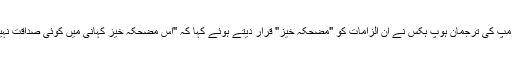
ٹرمپ کی ترجمان ہوپ ہکس نے ان الزامات کو "مضحکہ خیز" قرار دیتے ہوئے کہا کہ "اس مضحکہ خیز کہانی میں کوئی صداقت نہیں۔